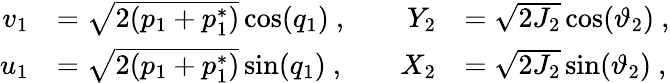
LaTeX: \begin{array}{rlrl}{v_{1}}&{=\sqrt{2(p_{1}+p_{1}^{*})}\cos(q_{1})\ ,\quad}&{Y_{2}}&{=\sqrt{2J_{2}}\cos(\vartheta_{2})\ ,}\\ {u_{1}}&{=\sqrt{2(p_{1}+p_{1}^{*})}\sin(q_{1})\ ,\quad}&{X_{2}}&{=\sqrt{2J_{2}}\sin(\vartheta_{2})\ ,}\end{array}